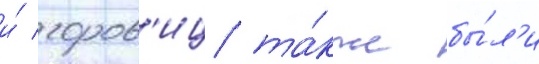
и́ горов'иц та́кже бы́л'и